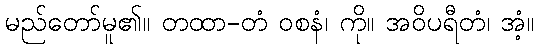
မည်တော်မူ၏။ တထာ-တံ ဝစနံ၊ ကို။ အဝိပရီတံ၊ အံ့။